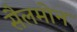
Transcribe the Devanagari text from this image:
सैलमोन